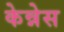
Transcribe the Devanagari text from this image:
केन्नेस